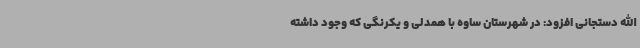
الله دستجانی افزود: در شهرستان ساوه با همدلی و یکرنگی که وجود داشته